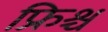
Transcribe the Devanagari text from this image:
फ्रिश्च